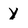
Character: y